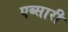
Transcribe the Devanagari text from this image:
एब्सारी